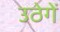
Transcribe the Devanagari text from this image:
उठेगें